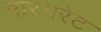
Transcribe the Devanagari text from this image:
मारगरेट